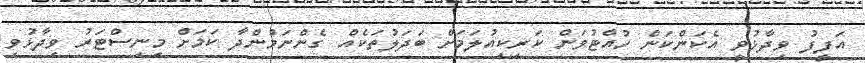
އަފީފު ވިދާޅުވީ އެކަންކަން ހުއްޓުވަން ކަރިކިއުލަމަށް ބަދަލުތަކެއް ގެންނަމުންދާ ކަމަށް މިނިސްޓަރު ވިދާޅުވި